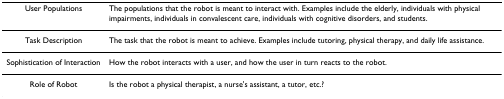
| User Populations | The populations that the robot is meant to interact with. Examples include the elderly, individuals with physical impairments, individuals in convalescent care, individuals with cognitive disorders, and students. |
 | --- | --- |
 | Task Description | The task that the robot is meant to achieve. Examples include tutoring, physical therapy, and daily life assistance. |
 | Sophistication of Interaction | How the robot interacts with a user, and how the user in turn reacts to the robot. |
 | Role of Robot | Is the robot a physical therapist, a nurse's assistant, a tutor, etc.? |